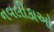
નવલીકાઓ